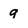
Character: 9